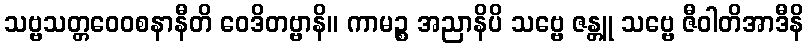
သဗ္ဗသတ္တဝေဝစနာနီတိ ဝေဒိတဗ္ဗာနိ။ ကာမဉ္စ အညာနိပိ သဗ္ဗေ ဇန္တူ သဗ္ဗေ ဇီဝါတိအာဒီနိ